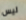
ليس